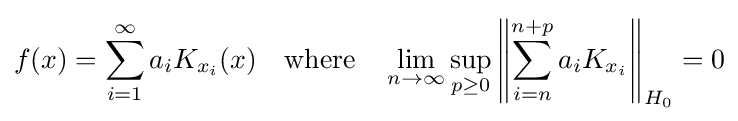
f(x)=\sum _{i=1}^{\infty }a_{i}K_{x_{i}}(x)\quad {\text{where}}\quad \lim _{n\to \infty }\sup _{p\geq 0}\left\|\sum _{i=n}^{n+p}a_{i}K_{x_{i}}\right\|_{H_{0}}=0